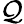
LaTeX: \mathcal{Q}